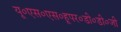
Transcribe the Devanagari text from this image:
यू०एस०एस०हूपर०डी०डी०जी